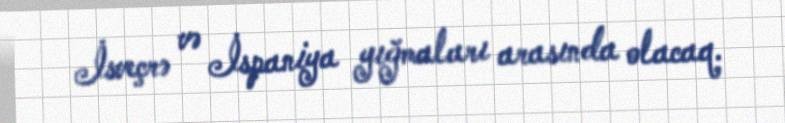
İsveçrə və İspaniya yığmaları arasında olacaq.